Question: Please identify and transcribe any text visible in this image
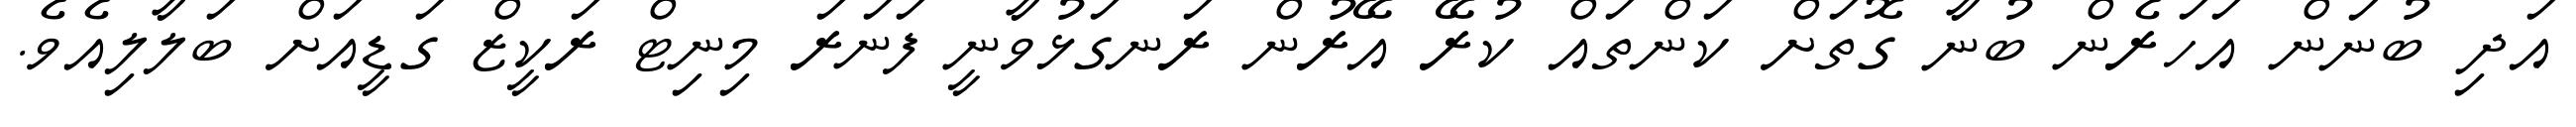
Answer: އަދި ބުނަން އަހަރެން ބުނާ ގޮތަށް ކަންތައް ކުރޭ އޭރުން ރަނގަޅުވާނީ ފަނަރަ މިނިޓް ރަކީޒް ގަޑީއަށް ބަލާލިއެވެ.